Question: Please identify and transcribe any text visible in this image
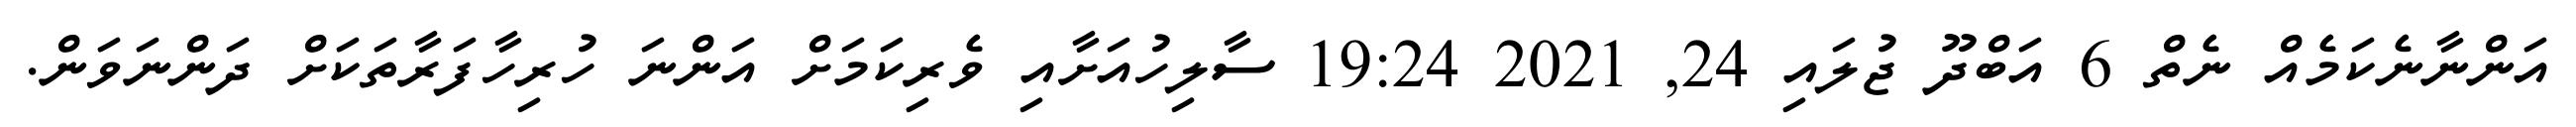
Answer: އަންނާނެކަމެއް ނެތް 6 އަބްދޫ ޖުލައި 24, 2021 19:24 ސާލިހުއަށާއި ވެރިކަމަށް އަންނަ ހުރިހާފަރާތަކަށް ދަންނަވަން.